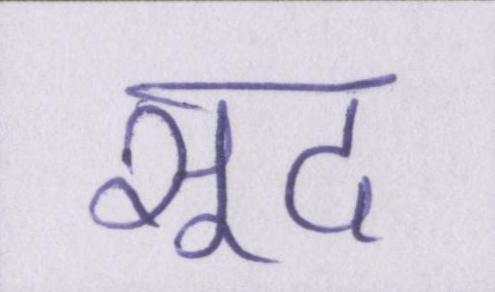
सूद